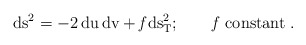
\begin{align*}\rm ds^2 = -2 \,du\,dv+ {\it f} ds^2_T;\quad\quad {\it f}\;constant\;.\end{align*}